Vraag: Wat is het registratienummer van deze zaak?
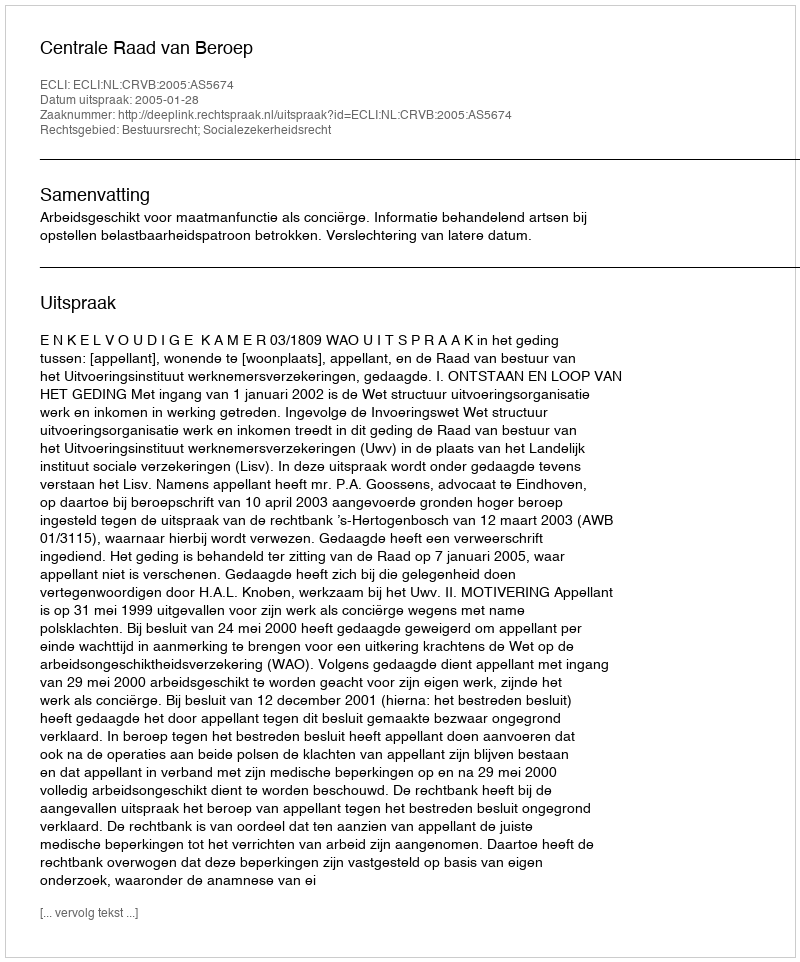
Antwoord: http://deeplink.rechtspraak.nl/uitspraak?id=ECLI:NL:CRVB:2005:AS5674